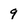
Character: 9